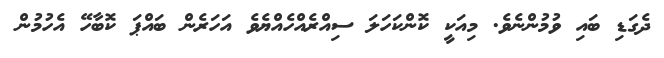
ދެގަޑި ބައި ވުމުންނެވެ. މިއަކީީ ކޮންކަހަލަ ސިއްރެއްހެއްޔެވެ އަހަރެން ބައްޕަ ކޮބާހޭ އެހުމުން